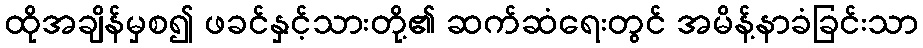
ထိုအချိန်မှစ၍ ဖခင်နှင့်သားတို့၏ ဆက်ဆံရေးတွင် အမိန့်နာခံခြင်းသာ